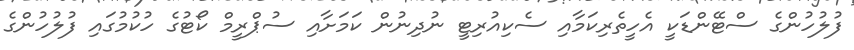
ފުލުހުންގެ ސްޓޭންޑަކީ އެހީތެރިކަމާއި ސެކިއުރިޓީ ނުދިނުން ކަމަށާއި ސުޕްރީމް ކޯޓުގެ ހުކުމުގައި ފުލުހުންގެ